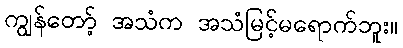
ကျွန်တော့် အသံက အသံမြင့်မရောက်ဘူး။